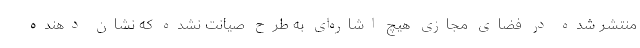
منتشر شده در فضای مجازی هیچ اشاره‌ای به طرح صیانت نشده که نشان دهنده